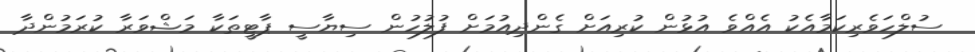
ސުލްހަވެރިކަމާއެކު އެއްވެ އުޅުން ކުރިއަށް ގެންދިއުމަށް ފުލުހުން ސިޔާސީ ޕާޓީތަކާ މަޝްވަރާ ކުރަމުންދާ